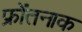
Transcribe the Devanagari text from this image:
फ्रोंतनाक